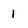
Character: 1